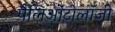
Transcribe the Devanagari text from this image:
पैलिओंटोलॉजी